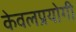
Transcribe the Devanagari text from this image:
केवलप्रयोगी